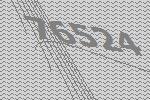
76524